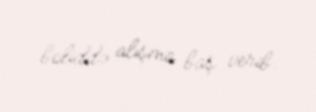
boliddə alışma baş verib.